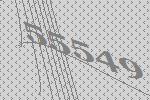
55549